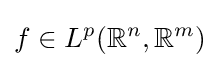
f\in L^{p}(\mathbb {R} ^{n},\mathbb {R} ^{m})